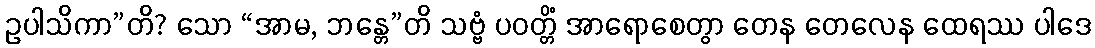
ဥပါသိကာ”တိ? သော “အာမ, ဘန္တေ”တိ သဗ္ဗံ ပဝတ္တိံ အာရောစေတွာ တေန တေလေန ထေရဿ ပါဒေ